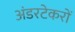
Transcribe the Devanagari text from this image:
अंडरटेकरों